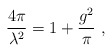
\begin{align*}\frac{4\pi }{\lambda ^{2}}=1+\frac{g^{2}}{\pi }\ , \end{align*}